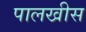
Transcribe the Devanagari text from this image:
पालखीस